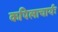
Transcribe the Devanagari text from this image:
कपिलाचार्यः